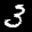
Label: 3